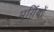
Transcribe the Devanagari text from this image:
मुर्ग़ियों